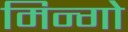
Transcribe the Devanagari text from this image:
मिन्गो